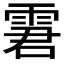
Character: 𩂿